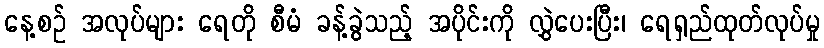
နေ့စဉ် အလုပ်များ ရေတို စီမံ ခန့်ခွဲသည့် အပိုင်းကို လွှဲပေးပြီး၊ ရေရှည်ထုတ်လုပ်မှု